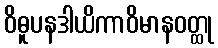
ဝိဓူပနဒါယိကာဝိမာနဝတ္ထု